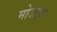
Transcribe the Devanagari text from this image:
मोजाव